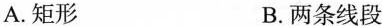
A.矩形 B.两条线段